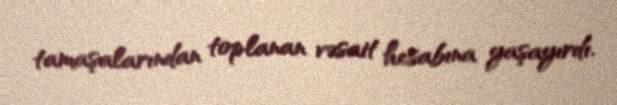
tamaşalarından toplanan vəsait hesabına yaşayırdı.